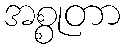
အစ္စုတာ